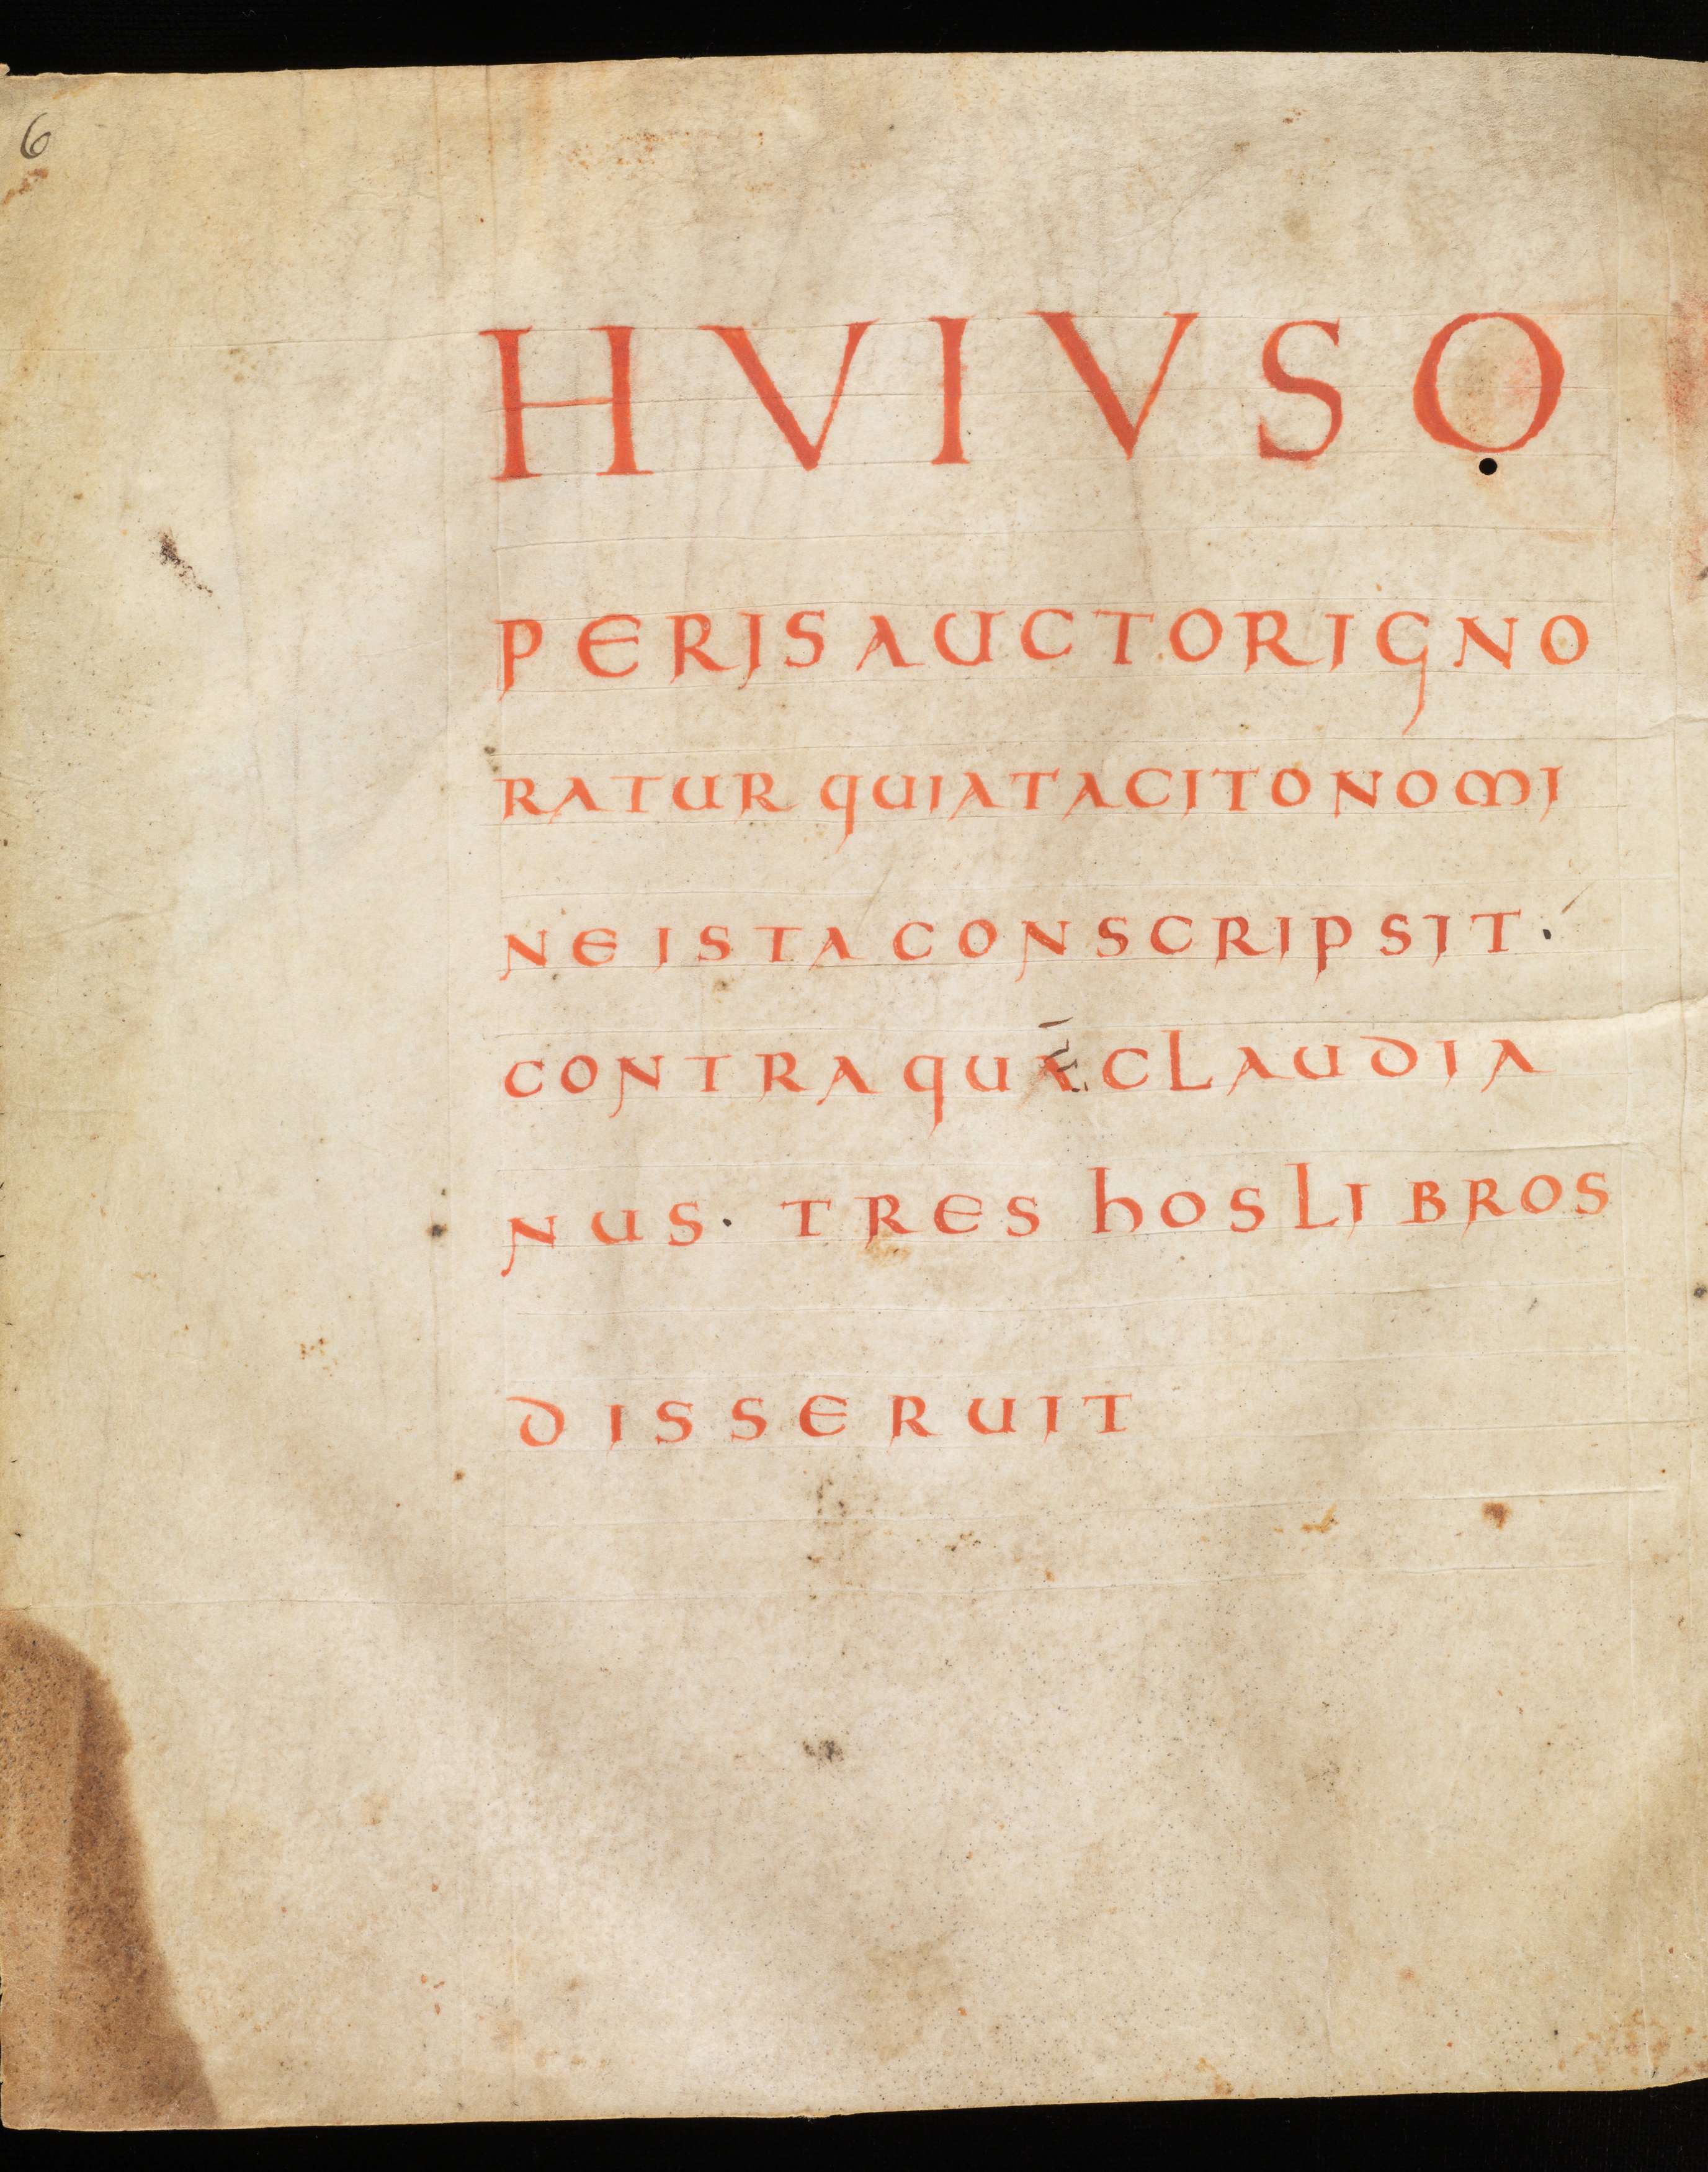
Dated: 850–874